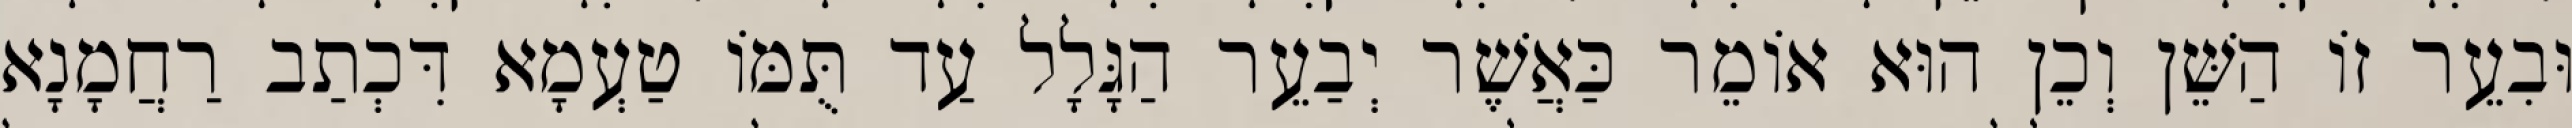
וּבִעֵר זוֹ הַשֵּׁן וְכֵן הוּא אוֹמֵר כַּאֲשֶׁר יְבַעֵר הַגָּלָל עַד תֻּמּוֹ טַעְמָא דִּכְתַב רַחֲמָנָא